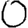
Digit: 0